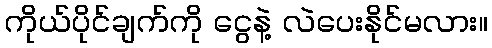
ကိုယ်ပိုင်ချက်ကို ငွေနဲ့ လဲပေးနိုင်မလား။